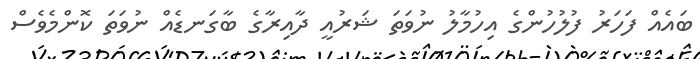
ބައެއް ފަހަރު ފުލުހުންގެ އިހުމާލު ނުވަތަ ޝަރުއީ ދާއިރާގެ ބާގަނޑެއް ނުވަތަ ކޮންމެވެސް